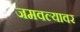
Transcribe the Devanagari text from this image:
जमवल्यावर